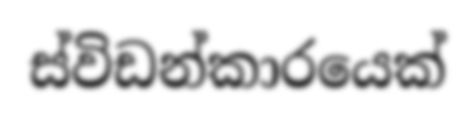
ස්විඩන්කාරයෙක්